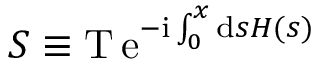
S \equiv \mathrm { T \, e } ^ { - \mathrm { i } \int _ { 0 } ^ { x } \mathrm { d } s H ( s ) }